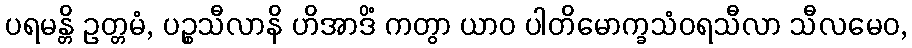
ပရမန္တိ ဥတ္တမံ, ပဉ္စသီလာနိ ဟိအာဒိံ ကတွာ ယာဝ ပါတိမောက္ခသံဝရသီလာ သီလမေဝ,